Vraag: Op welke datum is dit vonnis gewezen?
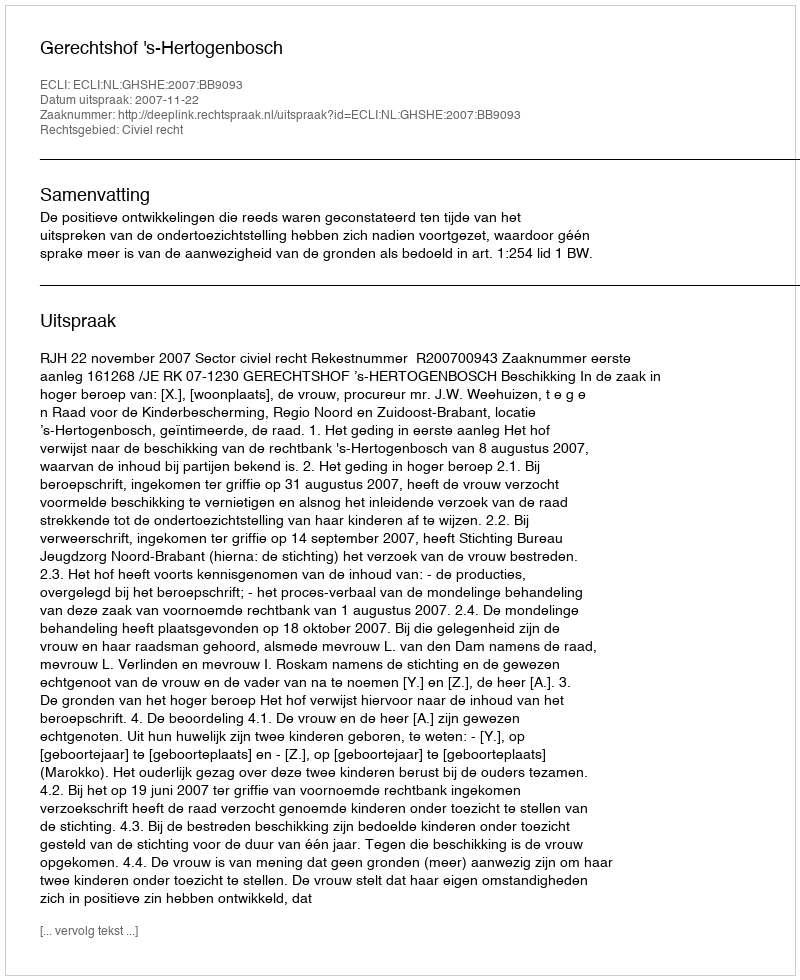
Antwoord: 2007-11-22